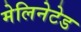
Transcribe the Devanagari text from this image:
मेलिनेटेड